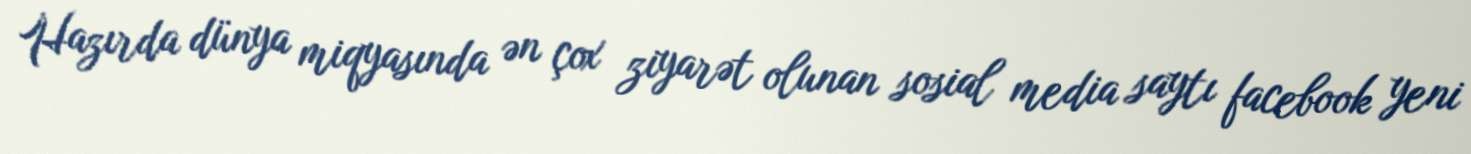
Hazırda dünya miqyasında ən çox ziyarət olunan sosial media saytı facebook yeni